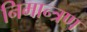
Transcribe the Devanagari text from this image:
निमान्त्रण